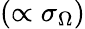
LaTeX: (\propto\sigma_{\Omega})